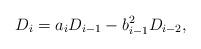
LaTeX: \begin{align*}D_i=a_iD_{i-1}-b_{i-1}^2D_{i-2},\end{align*}